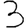
Digit: 3